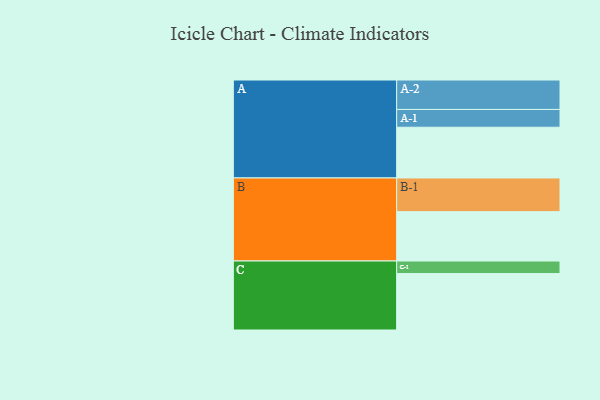
{"axis": {"x": "Segment", "y": "Value"}, "legend": ["", "A", "B", "C"], "data": [{"x": "A", "y": 448, "type": ""}, {"x": "B", "y": 436, "type": ""}, {"x": "C", "y": 498, "type": ""}, {"x": "A-1", "y": 157, "type": "A"}, {"x": "A-2", "y": 260, "type": "A"}, {"x": "B-1", "y": 297, "type": "B"}, {"x": "C-1", "y": 111, "type": "C"}]}